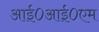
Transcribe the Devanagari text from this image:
आई०आई०एम